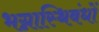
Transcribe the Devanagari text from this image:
भग्नास्थिबंधों